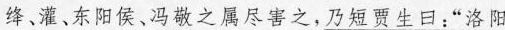
绛、灌、东阳侯、冯敬之属尽害之，\underline{乃短贾生曰：“洛阳}